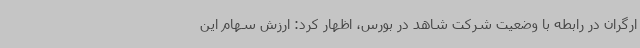
ارگران در رابطه با وضعیت شرکت شاهد در بورس، اظهار کرد: ارزش سهام این